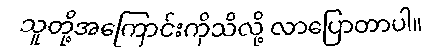
သူတို့အကြောင်းကိုသိလို့ လာပြောတာပါ။